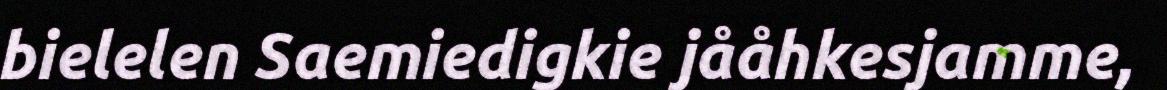
bielelen Saemiedigkie jååhkesjamme,